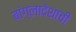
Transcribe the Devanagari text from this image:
बांग्लादेशाची